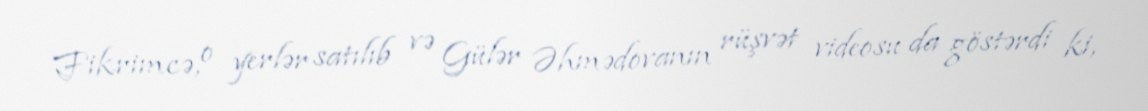
Fikrimcə, o yerlər satılıb və Gülər Əhmədovanın rüşvət videosu da göstərdi ki,